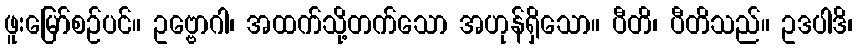
ဖူးမြော်စဉ်ပင်။ ဥဗ္ဗောဂါ၊ အထက်သို့တက်သော အဟုန်ရှိသော။ ပီတိ၊ ပီတိသည်။ ဥဒပါဒိ၊